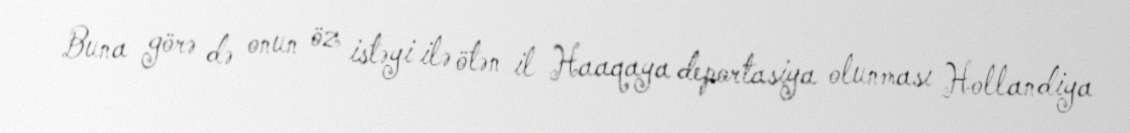
Buna görə də onun öz istəyi ilə ötən il Haaqaya deportasiya olunması Hollandiya